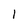
Character: 1